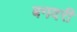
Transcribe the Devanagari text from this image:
बगदरी